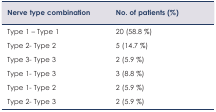
<table><thead><tr><td><b>Nerve type combination</b></td><td><b>No. of patients (%)</b></td></tr></thead><tbody><tr><td>Type 1 – Type 1</td><td>20 (58.8 %)</td></tr><tr><td>Type 2- Type 2</td><td>5 (14.7 %)</td></tr><tr><td>Type 3- Type 3</td><td>2 (5.9 %)</td></tr><tr><td>Type 1- Type 3</td><td>3 (8.8 %)</td></tr><tr><td>Type 1- Type 2</td><td>2 (5.9 %)</td></tr><tr><td>Type 2- Type 3</td><td>2 (5.9 %)</td></tr></tbody></table>